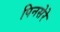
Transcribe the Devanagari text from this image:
पिनसेरे